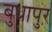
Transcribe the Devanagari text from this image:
बुधापुर